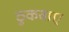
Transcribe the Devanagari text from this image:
ठुकवाए